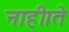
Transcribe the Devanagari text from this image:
नाही।ते